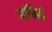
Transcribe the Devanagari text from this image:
प्रसिद्धं